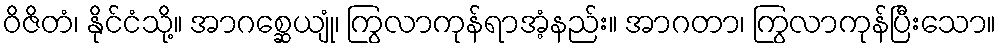
ဝိဇိတံ၊ နိုင်ငံသို့။ အာဂစ္ဆေယျုံ၊ ကြွလာကုန်ရာအံ့နည်း။ အာဂတာ၊ ကြွလာကုန်ပြီးသော။